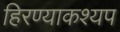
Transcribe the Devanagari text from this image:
हिरण्याकश्यप